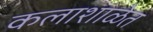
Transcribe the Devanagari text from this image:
कलाशाळेत